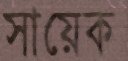
সায়েক